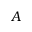
{ \cal A }